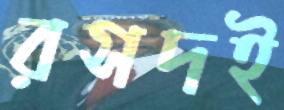
রসদই